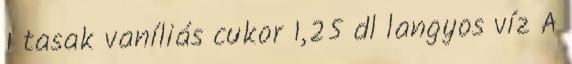
1 tasak vaníliás cukor 1,25 dl langyos víz A